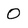
Character: O